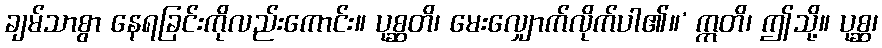
ချမ်သာစွာ နေရခြင်းကိုလည်းကောင်း။ ပုစ္ဆတိ၊ မေးလျှောက်လိုက်ပါ၏။’ ဣတိ၊ ဤသို့။ ပုစ္ဆ၊